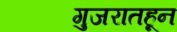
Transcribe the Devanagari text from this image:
गुजरातहून